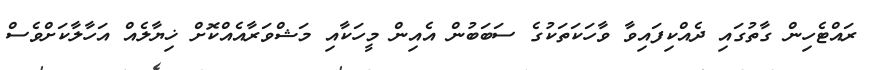
ރައްޓެހިން ގާތުގައި ދެއްކިފައިވާ ވާހަކަތަކުގެ ސަބަބުން އެއިން މީހަކާއި މަޝްވަރާއެއްކޮށް ޚިޔާލެއް އަހާލާކަށްވެސް